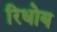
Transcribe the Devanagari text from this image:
रिधोय